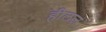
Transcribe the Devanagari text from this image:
हीलज़